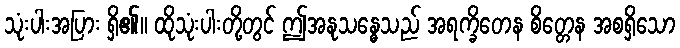
သုံးပါးအပြား ရှိ၏။ ထိုသုံးပါးတို့တွင် ဤအနုသန္ဓေသည် အရက္ခိတေန စိတ္တေန အစရှိသော